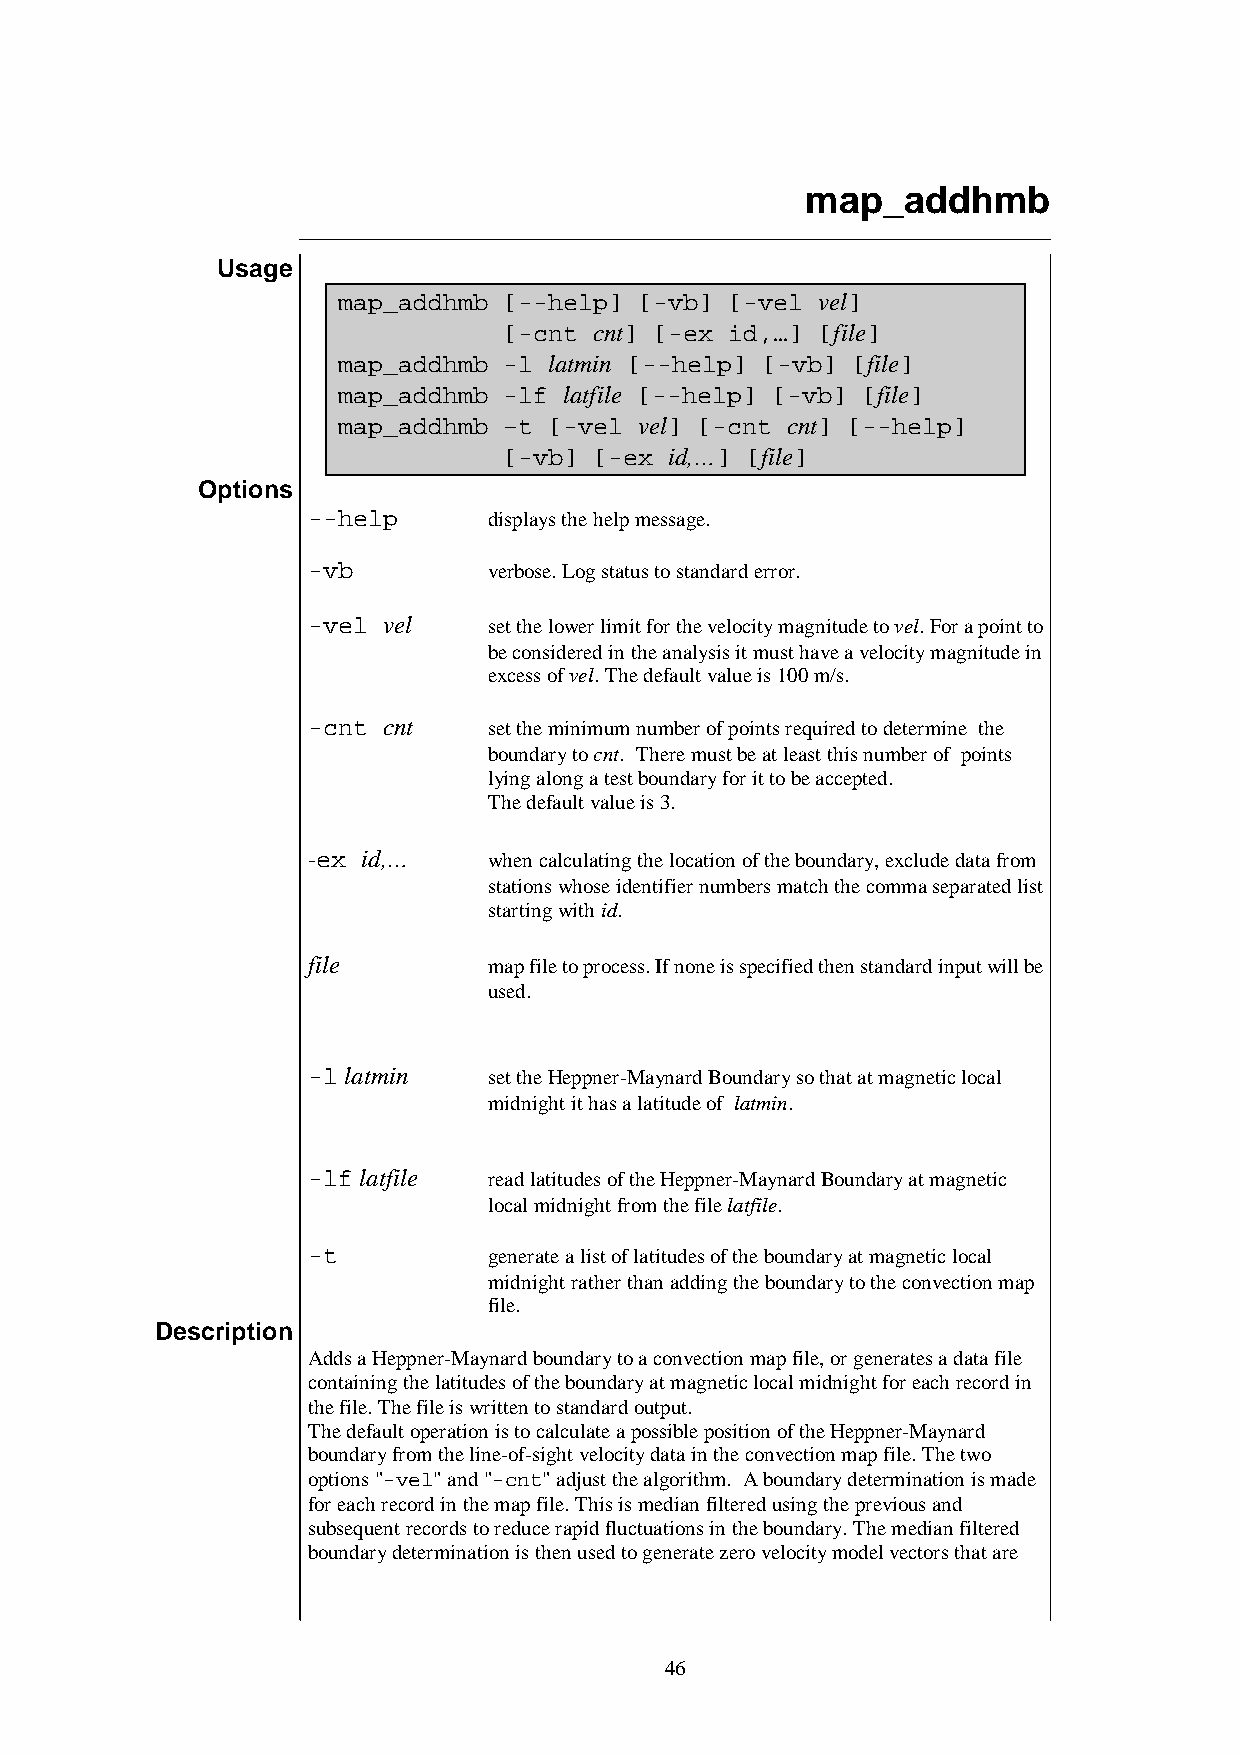
map_addhmb
 Usage
 map_addhmb [--help] [-vb] [-vel vel]
 [-cnt cnt] [-ex id,…] [file]
 map_addhmb -l latmin [--help] [-vb] [file]
 map_addhmb -lf latfile [--help] [-vb] [file]
 map_addhmb –t [-vel vel] [-cnt cnt] [--help]
 [-vb] [-ex id,…] [file]
 Options
 --help      displays the help message.
 -vb         verbose. Log status to standard error.
 -vel vel    set the lower limit for the velocity magnitude to vel. For a point to
 be considered in the analysis it must have a velocity magnitude in
 excess of vel. The default value is 100 m/s.
 -cnt cnt    set the minimum number of points required to determine the
 boundary to cnt. There must be at least this number of points
 lying along a test boundary for it to be accepted.
 The default value is 3.
 -ex id,…    when calculating the location of the boundary, exclude data from
 stations whose identifier numbers match the comma separated list
 starting with id.
 file        map file to process. If none is specified then standard input will be
 used.
 -l latmin   set the Heppner-Maynard Boundary so that at magnetic local
 midnight it has a latitude of latmin.
 -lf latfile read latitudes of the Heppner-Maynard Boundary at magnetic
 local midnight from the file latfile.
 -t          generate a list of latitudes of the boundary at magnetic local
 midnight rather than adding the boundary to the convection map
 file.
 Description
 Adds a Heppner-Maynard boundary to a convection map file, or generates a data file
 containing the latitudes of the boundary at magnetic local midnight for each record in
 the file. The file is written to standard output.
 The default operation is to calculate a possible position of the Heppner-Maynard
 boundary from the line-of-sight velocity data in the convection map file. The two
 options "-vel" and "-cnt" adjust the algorithm. A boundary determination is made
 for each record in the map file. This is median filtered using the previous and
 subsequent records to reduce rapid fluctuations in the boundary. The median filtered
 boundary determination is then used to generate zero velocity model vectors that are
 46